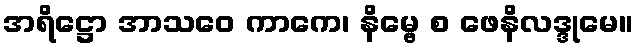
အရိဋ္ဌော အာသဝေ ကာကေ၊ နိမ္ဗေ စ ဖေနိလဒ္ဒုမေ။